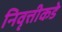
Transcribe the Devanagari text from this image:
निवृत्तीकडे